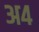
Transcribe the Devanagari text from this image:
अ४